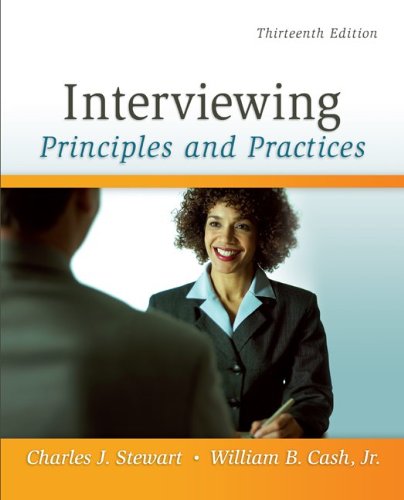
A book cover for Interviewing: Principles and Practices; Charles Stewart; Business & Money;